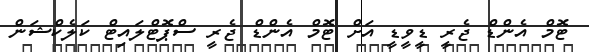
ޓޮމް އެންޑް ޖެރީ ޑީވީޑީ އަށް ޓޮމް އެންޑް ޖެރީ ސްޕޮޓްލައިޓް ކަލެކްޝަން